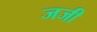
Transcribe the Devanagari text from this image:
जजी